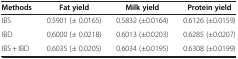
<table><thead><tr><td><b>Methods</b></td><td><b>Fat yield</b></td><td><b>Milk yield</b></td><td><b>Protein yield</b></td></tr></thead><tbody><tr><td>IBS</td><td>0.5901 (± 0.0165)</td><td>0.5832 (±0.0164)</td><td>0.6126 (±0.0159)</td></tr><tr><td>IBD</td><td>0.6000 (± 0.0218)</td><td>0.6013 (±0.0203)</td><td>0.6285 (±0.0207)</td></tr><tr><td>IBS + IBD</td><td>0.6035 (± 0.0205)</td><td>0.6034 (±0.0195)</td><td>0.6308 (±0.0199)</td></tr></tbody></table>